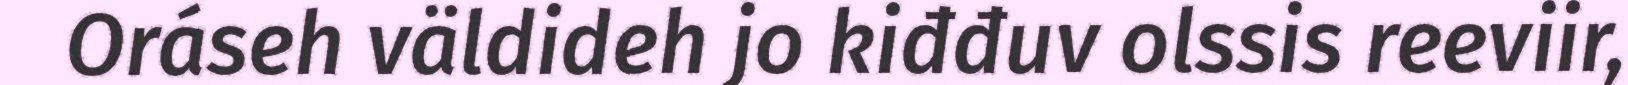
Oráseh väldideh jo kiđđuv olssis reeviir,